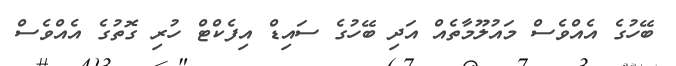
ބޭހުގެ އެއްވެސް މައުލޫމާތެއް އަދި ބޭހުގެ ސައިޑް އިފެކްޓް ހުރި ގޮތުގެ އެއްވެސް